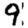
Digit: 9